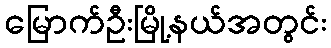
မြောက်ဦးမြို့နယ်အတွင်း